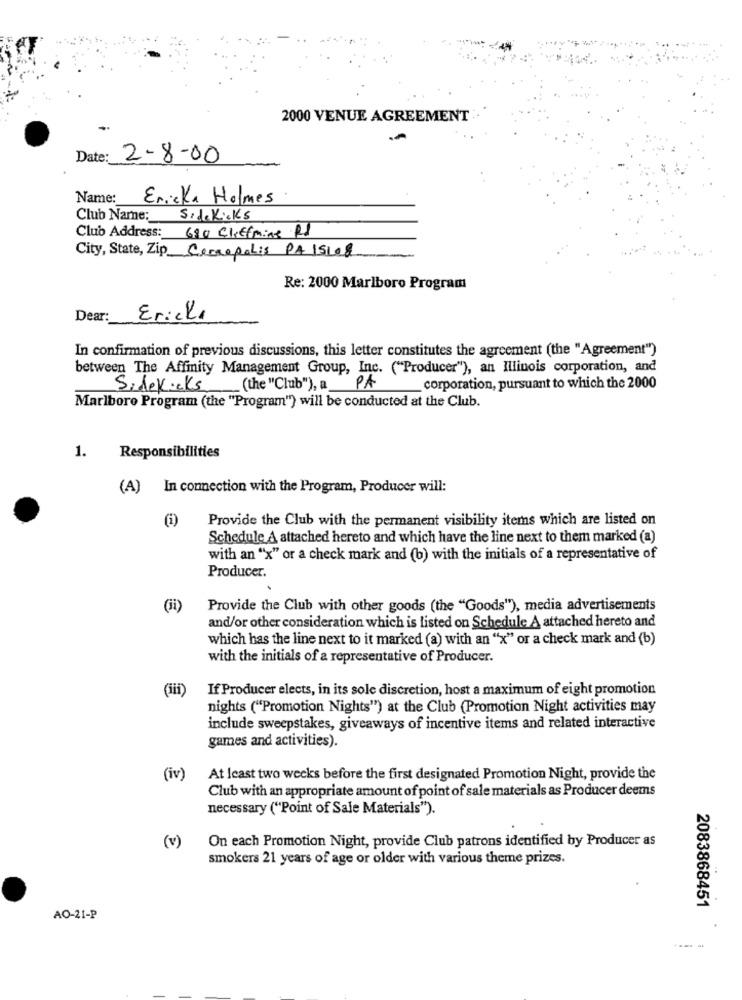
2000 VENUE AGREEMENT :·
Date: 2-8-00
Name:
Ericka Holmes
Club Name :_
SideKicks
Club Address: 680 Cliffmine Rd
City, State, Zip Correpolis PA 15108
Re: 2000 Marlboro Program
Dear:
Erick.
In confirmation of previous discussions, this letter constitutes the agreement (the "Agreement")
between The Affinity Management Group, Inc. ("Producer"), an Illinois corporation, and
Sidekicks
(the "Club"), a
PA
corporation, pursuant to which the 2000
Marlboro Program (the "Program") will be conducted at the Club.
Responsibilities
1.
(A) In connection with the Program, Producer will:
(i)
Provide the Club with the permanent visibility items which are listed on
Schedule A attached hereto and which have the line next to them marked (a)
with an "x" or a check mark and (b) with the initials of a representative of
Producer.
(ii)
Provide the Club with other goods (the "Goods"), media advertisements
and/or other consideration which is listed on Schedule A attached hereto and
which has the line next to it marked (a) with an "x" or a check mark and (b)
with the initials of a representative of Producer.
(iii)
If Producer elects, in its sole discretion, host a maximum of eight promotion
nights ("Promotion Nights") at the Club (Promotion Night activities may
include sweepstakes, giveaways of incentive items and related interactive
games and activities).
(iv)
At least two weeks before the first designated Promotion Night, provide the
Club with an appropriate amount of point of sale materials as Producer deems
necessary ("Point of Sale Materials").
On each Promotion Night, provide Club patrons identified by Producer as
(v)
smokers 21 years of age or older with various theme prizes.
2083868451
AO-21-P